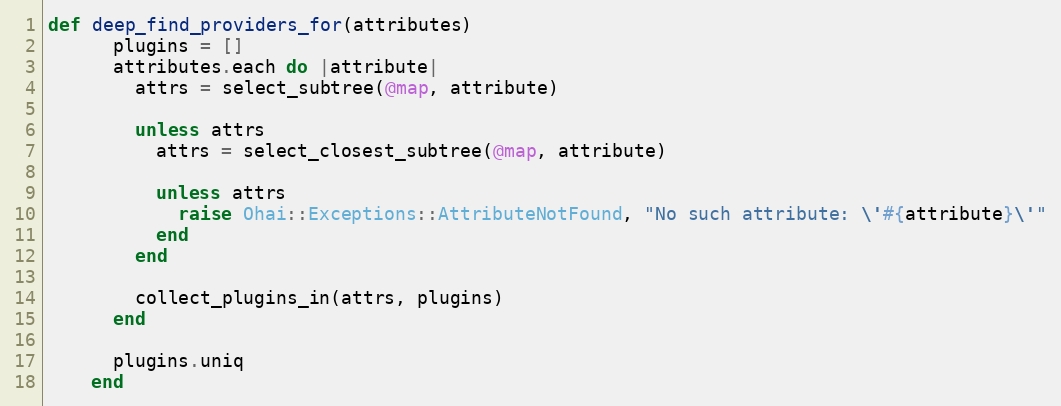
Language: Ruby
def deep_find_providers_for(attributes)
      plugins = []
      attributes.each do |attribute|
        attrs = select_subtree(@map, attribute)

        unless attrs
          attrs = select_closest_subtree(@map, attribute)

          unless attrs
            raise Ohai::Exceptions::AttributeNotFound, "No such attribute: \'#{attribute}\'"
          end
        end

        collect_plugins_in(attrs, plugins)
      end

      plugins.uniq
    end